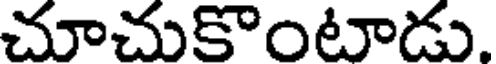
చూచుకొంటాడు.